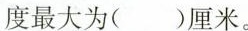
度最大为( )厘米。